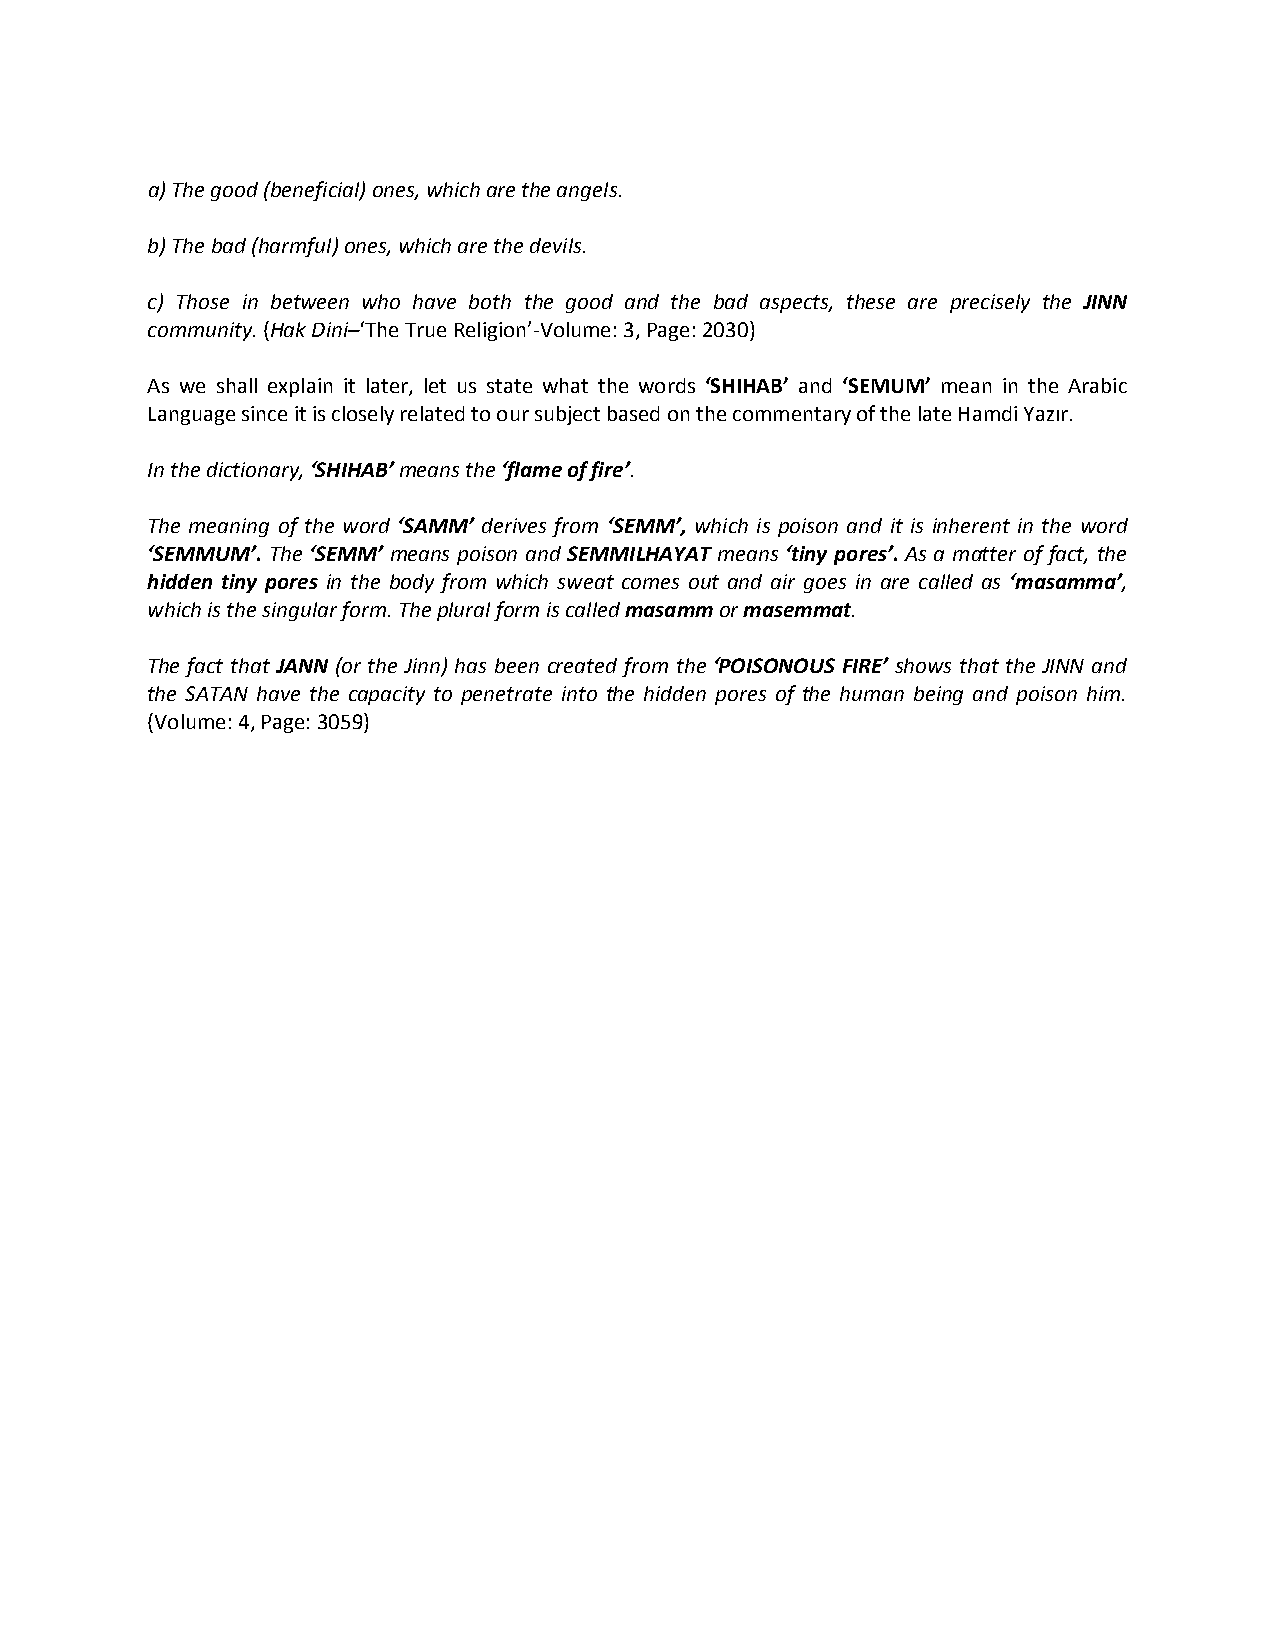
a) The good (beneficial) ones, which are the angels.
 b) The bad (harmful) ones, which are the devils.
 c) Those in between who have both the good and the bad aspects, these are precisely the JINN
 community. (Hak Dini–‘The True Religion’-Volume: 3, Page: 2030)
 As we shall explain it later, let us state what the words ‘SHIHAB’ and ‘SEMUM’ mean in the Arabic
 Language since it is closely related to our subject based on the commentary of the late Hamdi Yazır.
 In the dictionary, ‘SHIHAB’ means the ‘flame of fire’.
 The meaning of the word ‘SAMM’ derives from ‘SEMM’, which is poison and it is inherent in the word
 ‘SEMMUM’. The ‘SEMM’ means poison and SEMMILHAYAT means ‘tiny pores’. As a matter of fact, the
 hidden tiny pores in the body from which sweat comes out and air goes in are called as ‘masamma’,
 which is the singular form. The plural form is called masamm or masemmat.
 The fact that JANN (or the Jinn) has been created from the ‘POISONOUS FIRE’ shows that the JINN and
 the SATAN have the capacity to penetrate into the hidden pores of the human being and poison him.
 (Volume: 4, Page: 3059)